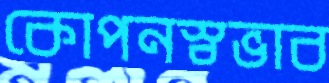
কোপনস্বভাব